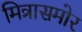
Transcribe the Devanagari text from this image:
मित्रासमोर